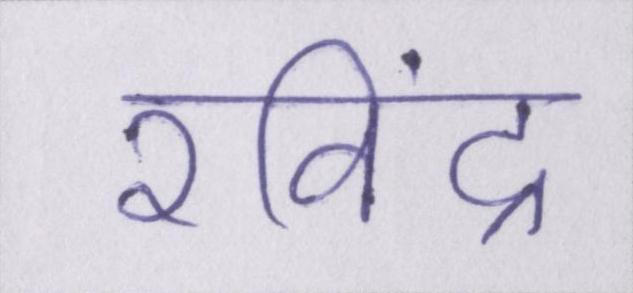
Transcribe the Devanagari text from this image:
रविंद्र